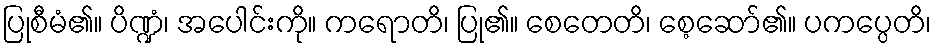
ပြုစီမံ၏။ ပိဏ္ဍံ၊ အပေါင်းကို။ ကရောတိ၊ ပြု၏။ စေတေတိ၊ စေ့ဆော်၏။ ပကပ္ပေတိ၊